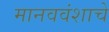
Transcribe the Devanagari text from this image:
मानववंशाचे